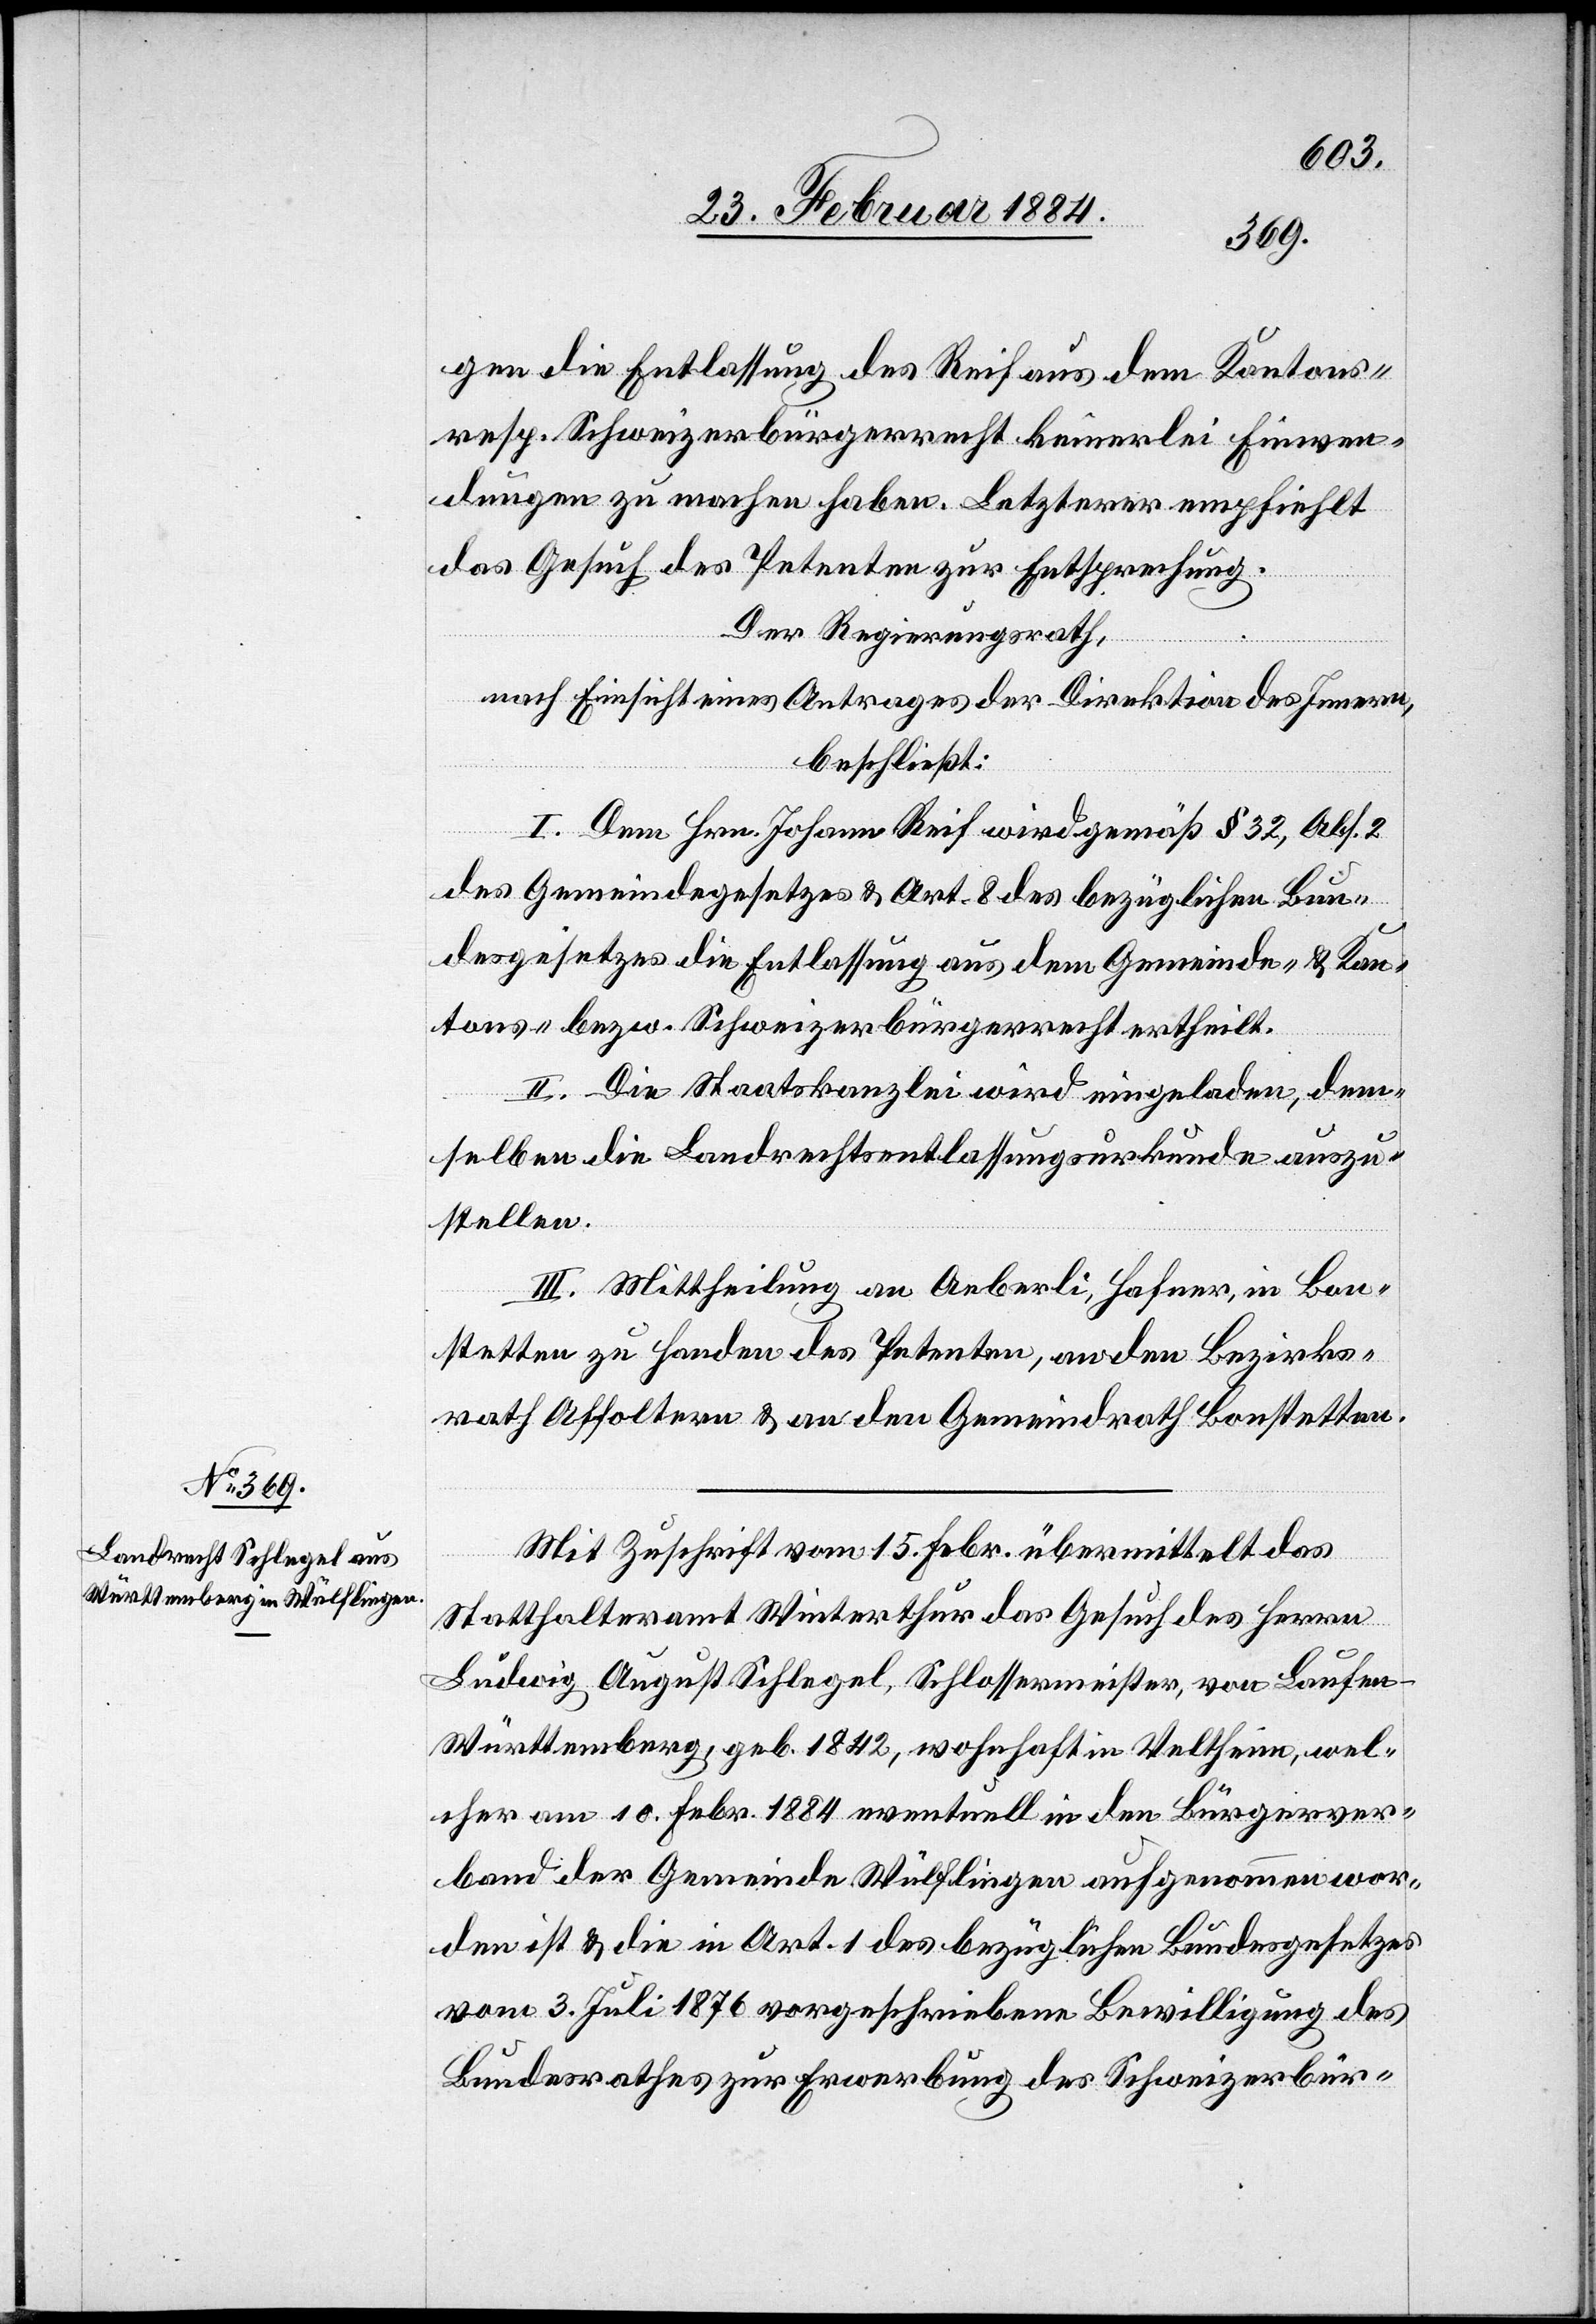
gen die Entlassung des Reif aus dem Kantons-
resp. Schweizerbürgerrecht keinerlei Einwen¬
dungen zu machen haben. Letzterer empfiehlt
das Gesuch des Petenten zur Entsprechung.
Der Regierungsrath,
nach Einsicht eines Antrages der Direktion des Innern,
beschließt:
I. Dem Hrn. Johann Reif wird gemäß § 32, Abs. 2
des Gemeindgesetzes & Art. 8 des bezüglichen Bun¬
desgesetzes die Entlassung aus dem Gemeinde- & Kan¬
tons- bzw. Schweizerbürgerrecht ertheilt.
II. Die Staatskanzlei wird eingeladen, dem¬
selben die Landrechtsentlassungsurkunde auszu¬
stellen.
III. Mittheilung an Aeberli, Hafner, in Bon¬
stetten zu Handen des Petenten, an den Bezirks¬
rath Affoltern & an den Gemeindrath Bonstetten.
Mit Zuschrift vom 15. Febr. übermittelt das
Statthalteramt Winterthur das Gesuch des Herrn
Ludwig August Schlegel, Schlossermeister, von Laufen
Württemberg, geb. 1842, wohnhaft in Veltheim, wel¬
cher am 10. Febr. 1884, eventuell in den Bürgerver¬
band der Gemeinde Wülflingen aufgenommen wor¬
den ist & die in Art. 1 des bezüglichen Bundesgesetzes
vom 3. Juli 1876 vorgeschriebene Bewilligung des
Bundesrathes zur Erwerbung des Schweizerbür-